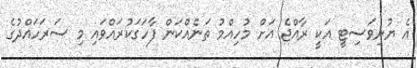
އެ ޔުނިވަސިޓީ އަކީ ރާއްޖެ އަށް މުހިއްމު ތަނެއްކަން ފާހަގަކުރައްވައި މި ސަރަހައްދުގެ